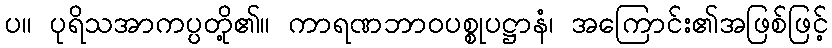
ပ။ ပုရိသအာကပ္ပတို့၏။ ကာရဏဘာဝပစ္စုပဋ္ဌာနံ၊ အကြောင်း၏အဖြစ်ဖြင့်